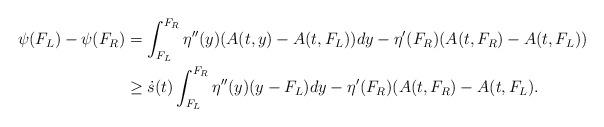
LaTeX: \begin{align*}\begin{aligned}\psi(F_{L})-\psi(F_{R})&=\int_{F_{L}}^{F_{R}}\eta''(y)(A(t,y)-A(t,F_{L}))dy-\eta'(F_{R})(A(t,F_{R})-A(t,F_{L})) \\&\geq\dot{s}(t)\int_{F_{L}}^{F_{R}}\eta''(y)(y-F_{L})dy-\eta'(F_{R})(A(t,F_{R})-A(t,F_{L}).\end{aligned}\end{align*}